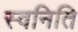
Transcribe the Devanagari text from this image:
स्वनिति